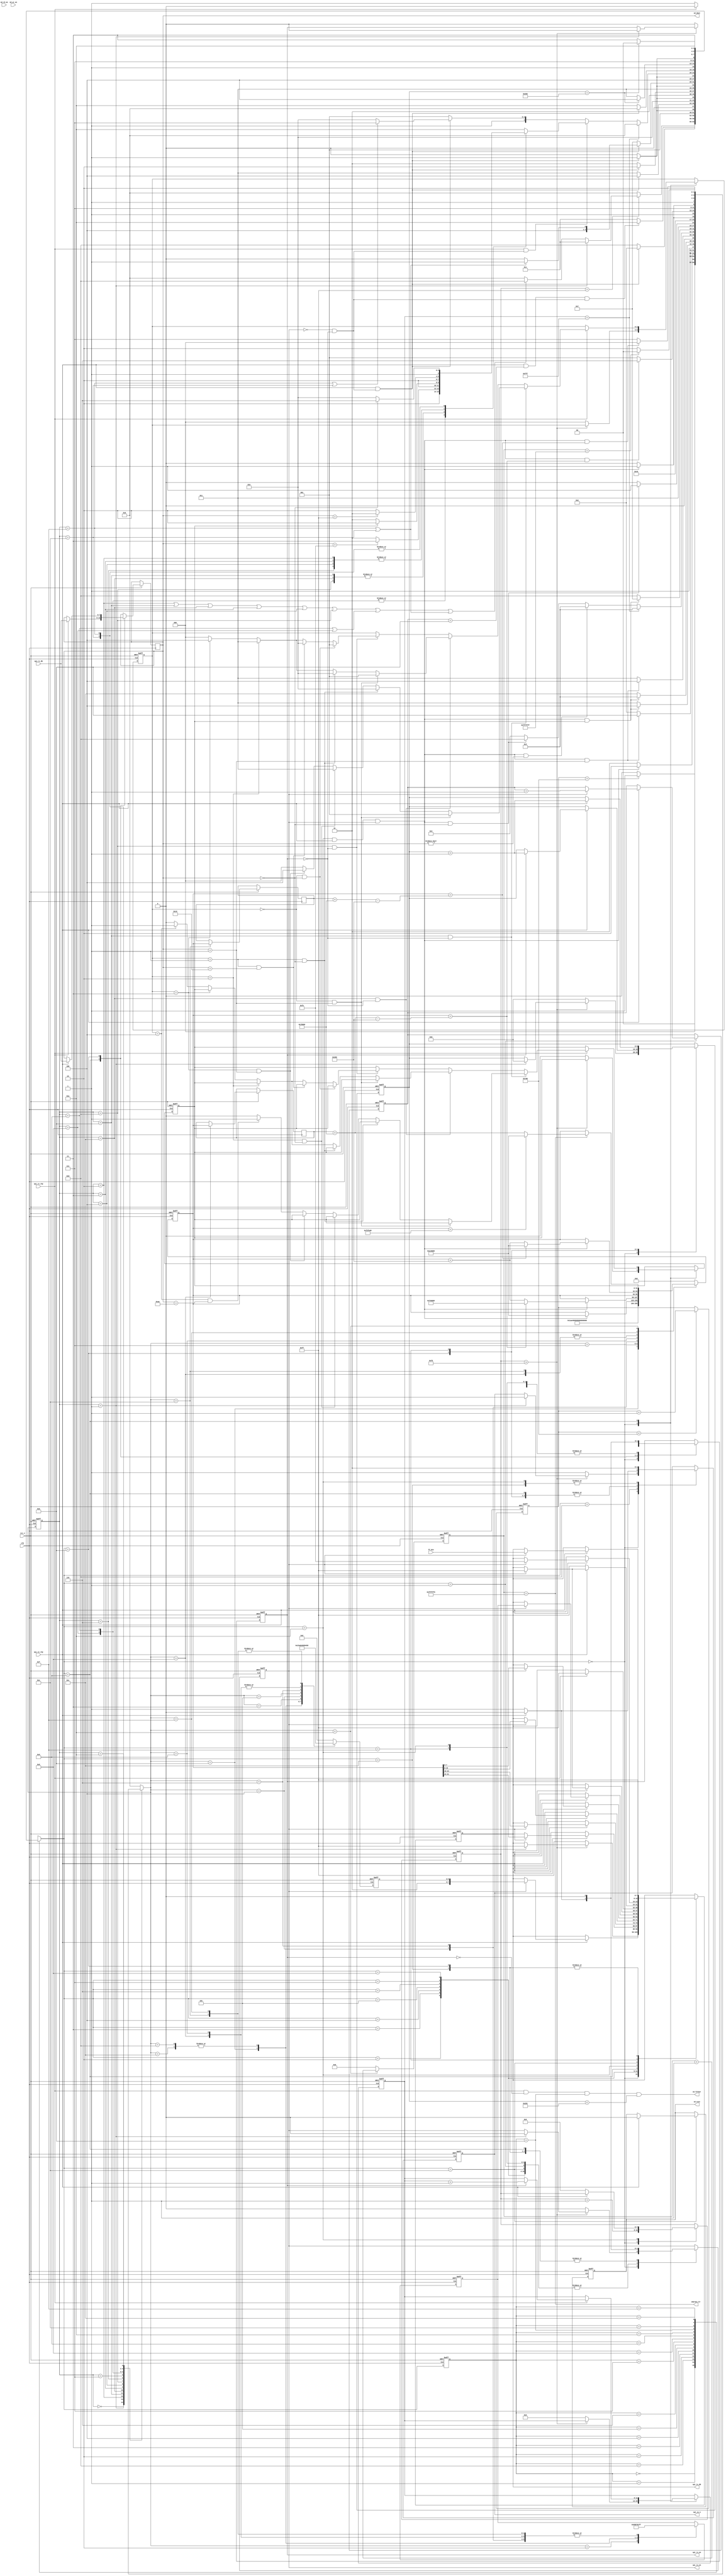
`timescale 1ns / 1ps
////////////////////////////////////////////////////////////////////////////////
// Company		: WNL
// Design Name	: Sd Ctrl
// Module Name	: sd_ctrl
// Project Name	: Fgpa_led
// Target Device: Cyclone EP1C3T144C8 
// Tool versions: Quartus II 8.1
// Description	: sdcard
//					
// Revision		: V1.0
// Additional Comments	:  
// 
////////////////////////////////////////////////////////////////////////////////
module sd_ctrl(
			clk,rst_n,
			spi_cs_n,
			spi_tx_en,spi_tx_rdy,spi_rx_en,spi_rx_rdy,
			spi_tx_db,spi_rx_db,
			sd_dout,sd_fifowr,sd_rd_en,sd_wr_en,sdwrad_clr,
			ff_din,sd_test
		);

input clk;		//FPAG50MHz
input rst_n;	//FPGA

output spi_cs_n;	//SPI

output spi_tx_en;		//SPI
input spi_tx_rdy;		//SPI
output spi_rx_en;		//SPI
input spi_rx_rdy;		//SPI
output[7:0] spi_tx_db;	//SPI
input[7:0] spi_rx_db;	//SPI

output[7:0] sd_dout;	//SDFIFO
output sd_fifowr;		//sdFIFO
input sd_rd_en;
input sd_wr_en;
output sdwrad_clr;		//SDRAM

input[7:0] ff_din;
output reg sd_test;

/**/
//SDFAT16/32
//winhexSD
//SD10800*6008
parameter	P0_ADDR		= 32'hEC_8000,//14718880//1C12F4000,//32'h0004_6600,		//P0
			P_MEM		= 32'h7_8000,//32'h0007_5800,		//800*6008SD
			LAST_ADDR	= 32'hF4_0000,//1C17A4000;//32'h004d_d600;		//10
			P0_WR_ADDR	    = 32'hF4_0000,
			LAST_WR_ADDR	= 32'hFB_8000;
//assign sdwrad_clr = done_5s;
//------------------------------------------------------
//SD
//	1. SD
//	2. 74+spi_clkspi_cs_n=1,spi_mosi=1 
//	3. CMD0R1=8'h01: IDLE
//	4. CMD1R1=8'h00: 
//	5. CMD16R1=8'h00: BLOCK512
//SD
//	1. CMD17
//	2. 0xfe
//	3. 512Byte2ByteCRC
//------------------------------------------------------
//
reg[10:0] delay_cnt;	//10bit100040ns*1000=40us	

always @(posedge clk or negedge rst_n)
	if(!rst_n) delay_cnt <= 11'd0;
	else if(delay_cnt < 11'd2000) delay_cnt <= delay_cnt+1'b1;
	
wire delay_done = (delay_cnt == 11'd2000);	//40us	

//------------------------------------------------------
//sd
reg[3:0] sdinit_cstate;		//sd
reg[3:0] sdinit_nstate;		//sd

parameter	SDINIT_RST	= 4'd0,		//
			SDINIT_CLK	= 4'd1,		//74+
			SDINIT_CMD0 = 4'd2,		//CMD0
			SDINIT_CMD55 = 4'd3,	//CMD55
			SDINIT_ACMD41 = 4'd4,	//ACMD41
			SDINIT_CMD1 = 4'd5,		//CMD1
			SDINIT_CMD16 = 4'd6,	//CMD16
			SD_IDLE 	= 4'd7,		//sd
			SD_RD_PT	= 4'd8,		//sdPartition Table
			SD_RD_BPB	= 4'd9,		//sd
			SD_DELAY	= 4'd10,	//sd
			SDINIT_CMD8 = 4'd11,	//sd
			SDINIT_CMD58= 4'd12,	//sdSD
			SDINIT_CMD58_OK = 4'd13,
			SD_WR_PT	= 4'd14,		//sdPartition Table
			SD_WR_BPB	= 4'd15;		//sd

//
always @(posedge clk or negedge rst_n)
	if(!rst_n) sdinit_cstate <= SDINIT_RST;
	else sdinit_cstate <= sdinit_nstate;

//
wire cmd_rdy;
reg cmd_ok;
reg[31:0] arg_r;	//
reg[31:0] arg_wr_r;	//()
wire done_5s;
reg[3:0] cmd_cstate;	//
reg[3:0] cmd_nstate;	//

parameter	CMD_IDLE	= 4'd0,		//
			CMD_NCLK	= 4'd1,		//74+CLK
			CMD_CLKS	= 4'd2,		//8CLK
			CMD_STAR	= 4'd3,		//
			CMD_ARG1	= 4'd4,		//arg[31:24]
			CMD_ARG2	= 4'd5,		//arg[23:16]
			CMD_ARG3	= 4'd6,		//arg[15:8]
			CMD_ARG4	= 4'd7,		//arg[7:0]
			CMD_END		= 4'd8,		//
			CMD_RES		= 4'd9,		//
			CMD_CLKE	= 4'd10,	//8CLK
			CMD_RD		= 4'd11,	//512Byte
			CMD_DELAY	= 4'd12,	//
			CMD_CSH 	= 4'd13,	//T0CS8clk
			CMD_FE		= 4'd14,	//FE
			CMD_WR      = 4'd15;    //512Byte

//------------------------------------------------------
//SDCMD
//	1. 8
//  2. SDCS,
//  3. 6
//	4. 1
//	5. SDCS,SD
/*		6:
        0 -- start bit 
        1 -- host
        bit5-0 --  command
        bit31-0 -- argument
        bit6-0 -- CRC7
        1 -- end bit   
*/
//------------------------------------------------------
//sd
reg[5:0] cmd;	//
reg[31:0] arg;	//
reg[7:0] crc;	//CRC

reg spi_cs_nr;	//SPI
reg spi_tx_enr;	//SPI
reg spi_rx_enr;	//SPI
reg[7:0] spi_tx_dbr;	//SPI
reg[7:0] spi_rx_dbr;	//SPI
reg[3:0] nclk_cnt;		//74+CLK
reg[7:0] wait_cnt8;		//
reg[9:0] cnt512;	//512B
reg[11:0] retry_rep;		//respone
reg[7:0] retry_cmd;		//
			
always @(sdinit_cstate or retry_rep or delay_done or nclk_cnt 
			or cmd_rdy or spi_rx_dbr or arg or arg_r or arg_wr_r or done_5s 
			or cmd_ok) begin
	case(sdinit_cstate)
		SDINIT_RST: begin
			if(delay_done) sdinit_nstate <= SDINIT_CLK;	//40us74+CLK
			else sdinit_nstate <= SDINIT_RST;	//40us
		end
		SDINIT_CLK:	begin
			if(cmd_rdy) sdinit_nstate <= SDINIT_CMD0;	//74+CLK
			else sdinit_nstate <= SDINIT_CLK;
		end
		SDINIT_CMD0: begin
			if(cmd_rdy && (spi_rx_dbr == 8'h01)) sdinit_nstate <= SDINIT_CMD8;//sdinit_nstate <= SDINIT_CMD55;
			else sdinit_nstate <= SDINIT_CMD0;
		end
		SDINIT_CMD8: begin		//sdhcv2.0		
			if(cmd_rdy && (cmd_ok == 1'b1)) sdinit_nstate <= SDINIT_CMD58;
			else sdinit_nstate <= SDINIT_CMD8;
		end
		SDINIT_CMD58: begin		//sdhcv2.0		
			if(cmd_rdy && (cmd_ok == 8'h01)) sdinit_nstate <= SDINIT_CMD55;
			else sdinit_nstate <= SDINIT_CMD58;
		end
		SDINIT_CMD55: begin
			if(cmd_rdy && (spi_rx_dbr == 8'h01)) sdinit_nstate <= SDINIT_ACMD41;
			else sdinit_nstate <= SDINIT_CMD55;
		end
		SDINIT_ACMD41: begin
			if(retry_rep == 12'hfff) sdinit_nstate <= SDINIT_CMD55;	///////////IDLE 
			else if(cmd_rdy && spi_rx_dbr != 8'h00) sdinit_nstate <= SDINIT_CMD55; 
			else if(cmd_rdy && spi_rx_dbr == 8'h00) sdinit_nstate <= SDINIT_CMD58_OK;
			else sdinit_nstate <= SDINIT_ACMD41;	
		end
		SDINIT_CMD58_OK: begin		//sdhcv2.0		
			if(cmd_rdy && (cmd_ok == 8'h01)) sdinit_nstate <= SD_IDLE;
			else sdinit_nstate <= SDINIT_CMD58_OK;
		end
	/*	SDINIT_CMD1: begin
			if(cmd_rdy) sdinit_nstate <= SDINIT_CMD16;
			else sdinit_nstate <= SDINIT_CMD1;
		end*/
		SDINIT_CMD16: begin
			if(cmd_rdy && (spi_rx_dbr == 8'h00)) sdinit_nstate <= SD_IDLE;
			else sdinit_nstate <= SDINIT_CMD16;
		end
		SD_IDLE: sdinit_nstate <= SD_RD_PT;
		SD_RD_PT: begin
			if(cmd_rdy) sdinit_nstate <= SD_RD_BPB;
			else sdinit_nstate <= SD_RD_PT;
		end
`ifdef JUST_RD		
		SD_RD_BPB: begin
			if(cmd_rdy && arg == arg_r+P_MEM-32'h0000_0200) sdinit_nstate <= SD_DELAY;
			else sdinit_nstate <= SD_RD_BPB;
		end		
`else
        SD_RD_BPB: begin
			if(cmd_rdy && arg == arg_r+P_MEM-32'h0000_0200) sdinit_nstate <= SD_WR_PT;
			else sdinit_nstate <= SD_RD_BPB;
		end
		SD_WR_PT: begin
			if(cmd_rdy) sdinit_nstate <= SD_WR_BPB;
			else sdinit_nstate <= SD_WR_PT;
		end
		SD_WR_BPB: begin
		    if(cmd_rdy && arg == arg_wr_r+P_MEM-32'h0000_0200)
			sdinit_nstate <= SD_RD_PT;
			else sdinit_nstate <= SD_WR_BPB;
		end
`endif
        SD_DELAY: begin
			if(done_5s) sdinit_nstate <= SD_RD_PT;	//
			else sdinit_nstate <= SD_DELAY;
		end
	default: sdinit_nstate <= SDINIT_RST;
	endcase
end

//
always @(posedge clk or negedge rst_n) begin
	if(!rst_n) begin
			cmd <= 6'd0;	//
			arg <= 32'd0;	//
			crc <= 8'd0;	//CRC
			//sd_test <= 1'b1;
		end
	else
		case(sdinit_nstate)
			SDINIT_CMD0: begin
				cmd <= 6'd0;	//CMD0
				arg <= 32'h00000000;	//	
				crc <= 8'h95;	//CMD0 CRC				
			end		
			SDINIT_CMD8: begin
				cmd <= 6'd8;
				arg <= 32'h000001aa;
				crc <= 8'h87;
			end
			SDINIT_CMD58: begin
				cmd <= 6'd58;
				arg <= 32'h00000000;
				crc <= 8'h01;
			end
			SDINIT_CMD58_OK: begin
				cmd <= 6'd58;
				arg <= 32'h00000000;
				crc <= 8'h01;
			end
			SDINIT_CMD55: begin
				cmd <= 6'd55;	//CMD55
				arg <= 32'h00000000;	//
				crc <= 8'hff;	//CRC		
			end
			SDINIT_ACMD41: begin
				cmd <= 6'd41;	//ACMD41
				arg <= 32'h40000000;	//
				crc <= 8'hff;	//CRC		
			end	
			SDINIT_CMD1: begin
				cmd <= 6'd1;	//
				arg <= 32'd0;	//
				//crc <= 8'hff;	//CRC					
			end
			SDINIT_CMD16: begin
				cmd <= 6'd16;	//CMD16
				arg <= 32'd512;	//512Byte		????????????????????????????
				crc <= 8'hff;	                			
			end	
			SD_IDLE: begin
				cmd <= 6'd0;	
				if(cmd_rdy) arg <= P0_ADDR;//32'h0004_6600;	//bmp01
				crc <= 8'hff;	 
                //sd_test <= 1'b0;				
			end		
			SD_RD_PT: begin
				cmd <= 6'd17;	//CMD17		
				arg_r <= arg;
				//if(cmd_rdy) arg <= arg+32'h0000_0200;
				crc <= 8'hff;	
			end
`ifdef JUST_RD			
			SD_RD_BPB: begin
				cmd <= 6'd17;	//CMD17
				if(cmd_rdy) arg <= arg+32'h0000_0200;	//bmp2-03ABH	 ?????????????
				crc <= 8'hff;	
			end			
`else
            SD_RD_BPB: begin
				cmd <= 6'd17;	//CMD17
				if(cmd_rdy) begin
				    if(arg == arg_r + P_MEM - 32'h0000_0200) arg <= P0_WR_ADDR;
				    else arg <= arg+32'h0000_0200;
				end
				crc <= 8'hff;	
			end
			SD_WR_PT: begin
			    cmd <= 6'd24;
				arg_wr_r <= arg;
				crc <= 8'hff;	
				//sd_test <= 1'b0;
            end		
            SD_WR_BPB: begin	
                cmd <= 6'd24;
                if(cmd_rdy) begin
				    if(arg == arg_wr_r + P_MEM - 32'h0000_0200) arg <= P0_ADDR;
				    else arg <= arg+32'h0000_0200;
                end
                crc <= 8'hff;					
			end
`endif
            SD_DELAY: begin
				cmd <= 6'd0;
				//arg <= 32'h0004_6600;	//bmp1	
				//arg <= 32'h000b_be00;
				if(sdwrad_clr) begin	//,10
					if(arg == LAST_ADDR-32'h0000_0200) arg <= P0_ADDR;//32'h0004_6600;
					else arg <= arg_r+P_MEM;
				end
			end
		default: begin
					cmd <= 6'd0;	//
					arg <= 32'd0;	//			
				end
		endcase
end

//------------------------------------------------------
//2009.05.19	5.4s
reg[27:0] cnt5s;	//5.4s

	//5.4s
always @(posedge clk or negedge rst_n)
	if(!rst_n) cnt5s <= 28'd0;
	else if(sdinit_nstate == SD_DELAY) cnt5s <= cnt5s+1'b1;
	else cnt5s <= 28'd0;

//wire sdwrad_clr = (sdinit_nstate == SD_DELAY);
wire sdwrad_clr = (cnt5s == 28'hffffff0);	//SDRAM
assign done_5s = (cnt5s == 28'hfffffff);	//5.4s

assign spi_cs_n = spi_cs_nr;
assign spi_tx_en = spi_tx_enr;
assign spi_rx_en = spi_rx_enr;
assign spi_tx_db = spi_tx_dbr;
assign sd_dout = spi_rx_dbr;
	//512B
assign sd_fifowr = (spi_rx_rdy & ~spi_rx_enr & (cmd_cstate == CMD_RD) & (cnt512 < 10'd513));

wire cmd_clk = (sdinit_cstate == SDINIT_CLK);	//74+CLK
wire cmd_en = ((sdinit_cstate == SDINIT_CMD0) | (sdinit_cstate == SDINIT_CMD8) | 
 (sdinit_cstate == SDINIT_CMD58) | (sdinit_cstate == SDINIT_CMD55) | (sdinit_cstate == SDINIT_ACMD41)
		/*(sdinit_cstate == SDINIT_CMD1) | (sdinit_cstate == SDINIT_CMD16)*/
		| (sdinit_cstate == SDINIT_CMD58_OK));	//,
wire cmd_rdboot_en = (sdinit_cstate == SD_RD_BPB) | (sdinit_cstate == SD_RD_PT);	//SD	
assign cmd_rdy = ((cmd_nstate == CMD_CLKE) & spi_tx_rdy & spi_tx_enr);	//,
wire cmd_wr_en = (sdinit_cstate == SD_WR_BPB) | (sdinit_cstate == SD_WR_PT);

//
always @(posedge clk or negedge rst_n)
	if(!rst_n) cmd_cstate <= CMD_IDLE;
	else cmd_cstate <= cmd_nstate;

//
always @(cmd_cstate or wait_cnt8 or cmd_clk or cmd_en or spi_tx_rdy or spi_rx_rdy or nclk_cnt or retry_rep
			or sdinit_cstate or spi_tx_enr or spi_rx_enr or cmd_rdboot_en or cnt512 or spi_rx_dbr
			or cmd_ok or cmd_wr_en) begin
	case(cmd_cstate)
			CMD_IDLE: begin
				if(wait_cnt8 == 8'hff)
					if(cmd_clk) cmd_nstate <= CMD_NCLK;
					else if(cmd_en | cmd_rdboot_en | cmd_wr_en) cmd_nstate <= CMD_CSH;
					else cmd_nstate <= CMD_IDLE; 
				else cmd_nstate <= CMD_IDLE;
			end
			CMD_NCLK: begin
				if(spi_tx_rdy && (nclk_cnt == 4'd11) && (!spi_tx_enr & !spi_rx_enr)) cmd_nstate <= CMD_CLKE;
				else cmd_nstate <= CMD_NCLK;
			end
			CMD_CSH: begin
				if(spi_tx_rdy && (!spi_tx_enr & !spi_rx_enr)) cmd_nstate <= CMD_CLKS;
				else cmd_nstate <= CMD_CSH;
			end			
			CMD_CLKS: begin
				if(spi_tx_rdy && (!spi_tx_enr & !spi_rx_enr)) cmd_nstate <= CMD_STAR;
				else cmd_nstate <= CMD_CLKS;
			end
			CMD_STAR: begin
				if(spi_tx_rdy && (!spi_tx_enr & !spi_rx_enr)) cmd_nstate <= CMD_ARG1;
				else cmd_nstate <= CMD_STAR;
			end
			CMD_ARG1: begin
				if(spi_tx_rdy && (!spi_tx_enr & !spi_rx_enr)) cmd_nstate <= CMD_ARG2;
				else cmd_nstate <= CMD_ARG1;
			end
			CMD_ARG2: begin
				if(spi_tx_rdy && (!spi_tx_enr & !spi_rx_enr)) cmd_nstate <= CMD_ARG3;
				else cmd_nstate <= CMD_ARG2;
			end
			CMD_ARG3: begin
				if(spi_tx_rdy && (!spi_tx_enr & !spi_rx_enr)) cmd_nstate <= CMD_ARG4;
				else cmd_nstate <= CMD_ARG3;
			end
			CMD_ARG4: begin
				if(spi_tx_rdy && (!spi_tx_enr & !spi_rx_enr)) begin				
				    if(!cmd_wr_en) cmd_nstate <= CMD_END;
					else cmd_nstate <= CMD_RES;
				end
				else cmd_nstate <= CMD_ARG4;
			end
			CMD_END: begin
				if(spi_tx_rdy && (!spi_tx_enr & !spi_rx_enr)) cmd_nstate <= CMD_RES;
				else cmd_nstate <= CMD_END;
			end
			CMD_RES: begin
				if(retry_rep == 12'hfff) cmd_nstate <= CMD_IDLE;	//IDLE
				else if(spi_rx_rdy && (!spi_tx_enr & !spi_rx_enr)) begin
					case(sdinit_cstate) 		
						SD_RD_PT,SD_RD_BPB: 
									if(spi_rx_dbr == 8'hfe) cmd_nstate <= CMD_RD;	//RD8'hfe,512B
									else cmd_nstate <= CMD_RES; 	
						SDINIT_CMD8:
									if(cmd_ok == 1'd0) cmd_nstate <= CMD_RES;	
									else cmd_nstate <= CMD_CLKE;	//,
						SDINIT_CMD58:
									if(cmd_ok == 1'd0) cmd_nstate <= CMD_RES;	
									else cmd_nstate <= CMD_CLKE;	//,		
						SDINIT_CMD58_OK:
									if(cmd_ok == 1'd0) cmd_nstate <= CMD_RES;	
									else cmd_nstate <= CMD_CLKE;	//,										
						SDINIT_CMD0,SDINIT_CMD55,SDINIT_ACMD41,SDINIT_CMD16:
									if(spi_rx_dbr == 8'hff) cmd_nstate <= CMD_RES;	
									else cmd_nstate <= CMD_CLKE;	//,
						SD_WR_PT,SD_WR_BPB:
						            if(spi_rx_dbr == 8'h00) cmd_nstate <= CMD_FE;
									else cmd_nstate <= CMD_CLKE;
									//WR8'h00
						default: cmd_nstate <= CMD_CLKE;
						endcase					
				end
				else if(spi_tx_rdy && (!spi_tx_enr & !spi_rx_enr)) begin
				    if(sdinit_cstate == SD_WR_BPB || sdinit_cstate == SD_WR_PT) begin
					    cmd_nstate <= CMD_WR;
					end
					else cmd_nstate <= CMD_CLKE;
				end
				else cmd_nstate <= CMD_RES;			
			end
			CMD_CLKE: begin
				if(spi_tx_rdy && (!spi_tx_enr & !spi_rx_enr)) cmd_nstate <= CMD_IDLE;
				else cmd_nstate <= CMD_CLKE;
			end
			CMD_RD: begin
				if(cnt512 == 10'd514) cmd_nstate <= CMD_DELAY;	//512+2CRC
				else cmd_nstate <= CMD_RD;
			end
			CMD_FE: begin
			    if(spi_tx_rdy && (!spi_tx_enr & !spi_rx_enr)) cmd_nstate <= CMD_WR;
				else cmd_nstate <= CMD_FE;
			end
			CMD_WR: begin
				if(cnt512 == 10'd514) cmd_nstate <= CMD_DELAY;	//512+2CRC
				else cmd_nstate <= CMD_WR;
			end
			CMD_DELAY: begin
				cmd_nstate <= CMD_CLKE;
			end
		default: ;
		endcase
end

reg[2:0] spi_rx_db_cnt;

//
always @(posedge clk or negedge rst_n) begin
	if(!rst_n) begin
			spi_cs_nr <= 1'b1;
			spi_tx_enr <= 1'b0;
			spi_rx_enr <= 1'b0;
			spi_tx_dbr <= 8'hff;
			nclk_cnt <= 4'd0;	//74+CLK
			wait_cnt8 <= 8'hff;	//
			cnt512 <= 10'd0;
			retry_rep <= 12'd0;
			retry_cmd <= 8'd0;	//CMD
			spi_rx_db_cnt <= 3'd0;
			cmd_ok <= 1'b0;			
			sd_test <= 1'b1;
		end
	else 
		case(cmd_nstate)
			CMD_IDLE: begin
				wait_cnt8 <= wait_cnt8+1'b1;
				if(wait_cnt8 > 8'hfd) begin	
					if(cmd_clk) begin
						spi_cs_nr <= 1'b1;
						spi_tx_enr <= 1'b0;
						spi_rx_enr <= 1'b0;
						spi_tx_dbr <= 8'hff;
						cnt512 <= 10'd0;
						end/*
					else if(cmd_en | cmd_rdboot_en) begin
						cnt512 <= 10'd0;
						//spi_cs_nr <= 1'b1;
						spi_cs_nr <= 1'b0;	//SDCS
						spi_tx_enr <= 1'b0;	//SPI
						spi_rx_enr <= 1'b0;
						spi_tx_dbr <= {2'b01,cmd};	//						
						end*/
					end
				else begin
					spi_cs_nr <= 1'b1;
					spi_tx_enr <= 1'b0;
					spi_rx_enr <= 1'b0;
					spi_tx_dbr <= 8'hff;
					cnt512 <= 10'd0;	
					retry_rep <= 12'd0;	
					spi_rx_db_cnt <= 3'd0;
					cmd_ok <= 1'b0;						
					end
			end
			CMD_NCLK: begin
				if(spi_tx_rdy) begin
					spi_tx_enr <= 1'b0;	//SPI
					if(spi_tx_enr) nclk_cnt <= nclk_cnt+1'b1;	//74+CLK
					end
				else if(!spi_tx_enr) begin
					spi_tx_enr <= 1'b1;	//SPI				
					end			
			end			
			CMD_CSH: begin
				if(spi_tx_rdy) begin/*CMD_CLKS*/
					spi_cs_nr <= 1'b0;  //SDCS
					spi_tx_enr <= 1'b0;	//SPI
					spi_rx_enr <= 1'b0;	
				end
				else begin
					spi_cs_nr <= 1'b1;	//SDCS
					spi_tx_enr <= 1'b1;	//SPI
					spi_rx_enr <= 1'b0;		
				end
			end
			CMD_CLKS: begin
				if(spi_tx_rdy) begin
					spi_cs_nr <= 1'b0;	//SDCS
					spi_tx_enr <= 1'b0;	//SPI
					spi_rx_enr <= 1'b0;
					if(spi_tx_enr) spi_tx_dbr <= {2'b01,cmd};	//
					end
				else begin
					//spi_cs_nr <= 1'b1;
					spi_cs_nr <= 1'b0;
					spi_tx_enr <= 1'b1;	//SPI
					spi_rx_enr <= 1'b0;				
					end
			end
			CMD_STAR: begin
				if(spi_tx_rdy) begin
					spi_cs_nr <= 1'b0;	//SDCS
					spi_tx_enr <= 1'b0;	//SPI
					spi_rx_enr <= 1'b0;
					if(spi_tx_enr) spi_tx_dbr <= arg[31:24];	//arg[31:24]   ?????
					end
				else begin
					spi_cs_nr <= 1'b0;	//SDCS
					spi_tx_enr <= 1'b1;	//SPI
					spi_rx_enr <= 1'b0;					
					end
			end
			CMD_ARG1: begin
				if(spi_tx_rdy) begin
					spi_cs_nr <= 1'b0;	//SDCS
					spi_tx_enr <= 1'b0;	//SPI
					spi_rx_enr <= 1'b0;
					if(spi_tx_enr) spi_tx_dbr <= arg[23:16];	//arg[23:16]  ??????
					end
				else begin
					spi_cs_nr <= 1'b0;	//SDCS
					spi_tx_enr <= 1'b1;	//SPI
					spi_rx_enr <= 1'b0;					
					end
			end
			CMD_ARG2: begin
				if(spi_tx_rdy) begin
					spi_cs_nr <= 1'b0;	//SDCS
					spi_tx_enr <= 1'b0;	//SPI
					spi_rx_enr <= 1'b0;
					if(spi_tx_enr) spi_tx_dbr <= arg[15:8];	//arg[15:8]     ???????
					end
				else begin
					spi_cs_nr <= 1'b0;	//SDCS
					spi_tx_enr <= 1'b1;	//SPI
					spi_rx_enr <= 1'b0;					
					end
			end
			CMD_ARG3: begin
				if(spi_tx_rdy) begin
					spi_cs_nr <= 1'b0;	//SDCS
					spi_tx_enr <= 1'b0;	//SPI
					spi_rx_enr <= 1'b0;
					if(spi_tx_enr) spi_tx_dbr <= arg[7:0];	//arg[7:0]	 ??????				
					end
				else begin
					spi_cs_nr <= 1'b0;	//SDCS
					spi_tx_enr <= 1'b1;	//SPI
					spi_rx_enr <= 1'b0;					
					end
			end
			CMD_ARG4: begin
				if(spi_tx_rdy) begin
					spi_cs_nr <= 1'b0;	//SDCS
					spi_tx_enr <= 1'b0;	//SPI
					spi_rx_enr <= 1'b0;
					if(spi_tx_enr) spi_tx_dbr <= crc;	//CRC		//8'h95;	//RESETCRC
					end
				else begin
					spi_cs_nr <= 1'b0;	//SDCS
					spi_tx_enr <= 1'b1;	//SPI
					spi_rx_enr <= 1'b0;					
					end
			end	
			CMD_END: begin
				if(spi_tx_rdy) begin
					spi_cs_nr <= 1'b0;	//SDCS
					spi_tx_enr <= 1'b0;	//SPI
					spi_rx_enr <= 1'b0;
					if(spi_tx_enr) begin
						spi_tx_dbr <= 8'hff;
						retry_cmd <= retry_cmd+1'b1;	//CMD1
						end
					end
				else begin
					spi_cs_nr <= 1'b0;	//SDCS
					spi_tx_enr <= 1'b1;	//SPI
					spi_rx_enr <= 1'b0;					
					end
			end						
			CMD_RES: begin
				if(spi_rx_rdy) begin
					spi_cs_nr <= 1'b0;
					spi_tx_enr <= 1'b0;	
					spi_rx_enr <= 1'b0;	//SPI
					spi_tx_dbr <= 8'hff;					
					spi_rx_dbr <= spi_rx_db;	//SPI
					if(sdinit_cstate == SDINIT_CMD8 && !spi_rx_en) begin	/**/
							if((spi_rx_db_cnt == 3'd0) && (spi_rx_dbr == 8'h01)) begin
									spi_rx_db_cnt <= 3'd1;												
								end
							else if((spi_rx_db_cnt == 3'd1) && (spi_rx_dbr == 8'h00)) begin
									spi_rx_db_cnt <= 3'd2;		
								end
							else if((spi_rx_db_cnt == 3'd2) && (spi_rx_dbr == 8'h00)) begin
									spi_rx_db_cnt <= 3'd3;
								end
							else if((spi_rx_db_cnt == 3'd3) && (spi_rx_dbr == 8'h01)) begin
									spi_rx_db_cnt <= 3'd4;
								end
							else if((spi_rx_db_cnt == 3'd4) && (spi_rx_dbr == 8'haa)) begin
									spi_rx_db_cnt <= 3'd0;
									cmd_ok <= 1'b1;
								end
							else begin
									spi_rx_db_cnt <= 3'd0;
									cmd_ok <= 1'b0;
								end			
						end
					else if(sdinit_cstate == SDINIT_CMD58 && !spi_rx_en) begin
							if((spi_rx_db_cnt == 3'd0) && (spi_rx_dbr == 8'h01)) begin
									spi_rx_db_cnt <= 3'd1;												
								end
							else if((spi_rx_db_cnt == 3'd1) && (spi_rx_dbr == 8'h00)) begin
									spi_rx_db_cnt <= 3'd2;		
								end
							else if(spi_rx_db_cnt == 3'd2) begin
									spi_rx_db_cnt <= 3'd3;
								end
							else if(spi_rx_db_cnt == 3'd3) begin
									spi_rx_db_cnt <= 3'd4;
								end
							else if(spi_rx_db_cnt == 3'd4) begin
									spi_rx_db_cnt <= 3'd0;
									cmd_ok <= 1'b1;
								end
							else begin
									spi_rx_db_cnt <= 3'd0;
									cmd_ok <= 1'b0;
								end			
						end		
					else if(sdinit_cstate == SDINIT_CMD58_OK && !spi_rx_en) begin
							if((spi_rx_db_cnt == 3'd0) && (spi_rx_dbr == 8'h00)) begin
									spi_rx_db_cnt <= 3'd1;												
								end
							else if((spi_rx_db_cnt == 3'd1) && (spi_rx_dbr == 8'hc0)) begin
									spi_rx_db_cnt <= 3'd2;		
								end
							else if(spi_rx_db_cnt == 3'd2) begin
									spi_rx_db_cnt <= 3'd3;
								end
							else if(spi_rx_db_cnt == 3'd3) begin
									spi_rx_db_cnt <= 3'd4;
								end
							else if(spi_rx_db_cnt == 3'd4) begin
									spi_rx_db_cnt <= 3'd0;
									cmd_ok <= 1'b1;
								end
							else begin
									spi_rx_db_cnt <= 3'd0;
									cmd_ok <= 1'b0;
								end			
						end	
					if(spi_rx_enr) retry_rep <= retry_rep+1'b1;					
					end
				else begin
					spi_cs_nr <= 1'b0;	//SDCS	
					spi_tx_enr <= 1'b0;	//SPI	
					spi_rx_enr <= 1'b1;	//SPI				
					end
			end
			CMD_CLKE: begin
				if(spi_tx_rdy) begin
					spi_cs_nr <= 1'b1;
					spi_tx_enr <= 1'b0;	//SPI
					spi_rx_enr <= 1'b0;
					if(spi_tx_enr) spi_tx_dbr <= 8'hff;
					retry_cmd <= 8'd0;	//CMD
					end
				else begin
					spi_cs_nr <= 1'b1;
					spi_tx_enr <= 1'b1;	//SPI
					spi_rx_enr <= 1'b0;
					spi_tx_dbr <= 8'hff;
					wait_cnt8 <= 4'd0;
					end
			end
			CMD_RD: begin
				if(spi_tx_rdy /*&& sd_rd_en*/) begin
					spi_cs_nr <= 1'b0;
					spi_tx_enr <= 1'b0;	
					spi_rx_enr <= 1'b0;		//SPI
					spi_tx_dbr <= 8'hff;			
					spi_rx_dbr <= spi_rx_db;	//SPI
					if(spi_rx_enr) cnt512 <= cnt512+1'b1;					
				end
				else begin
					spi_cs_nr <= 1'b0;
					spi_tx_enr <= 1'b0;	
					spi_rx_enr <= 1'b1;	//SPI
					spi_tx_dbr <= 8'hff;							
				end
			end
			CMD_FE: begin
				if(spi_tx_rdy) begin
					spi_cs_nr <= 1'b0;	//SDCS
					spi_tx_enr <= 1'b0;	//SPI
					spi_rx_enr <= 1'b0;
					sd_test <= 1'b0;
					if(spi_tx_enr) spi_tx_dbr <= 8'hfe;
					end
				else begin
					spi_cs_nr <= 1'b0;	//SDCS
					spi_tx_enr <= 1'b1;	//SPI
					spi_rx_enr <= 1'b0;					
					end
			end
			CMD_WR: begin
				if(spi_tx_rdy) begin
					spi_cs_nr <= 1'b0;	//SDCS
					spi_tx_enr <= 1'b0;	//SPI
					spi_rx_enr <= 1'b0;
					if(spi_tx_enr) spi_tx_dbr <= ff_din;
					cnt512 <= cnt512+1'b1;	
					end
				else begin
					spi_cs_nr <= 1'b0;	//SDCS
					spi_tx_enr <= 1'b1;	//SPI
					spi_rx_enr <= 1'b0;					
					end
			end
			CMD_DELAY: begin
				spi_cs_nr <= 1'b1;
				spi_tx_enr <= 1'b0;
				spi_rx_enr <= 1'b0;
				spi_tx_dbr <= 8'hff;		
			end
		default: begin
			spi_cs_nr <= 1'b1;
			spi_tx_enr <= 1'b0;
			spi_rx_enr <= 1'b0;
			spi_tx_dbr <= 8'hff;
		end
		endcase
end

//------------------------------------------------------
//


//------------------------------------------------------
//















endmodule